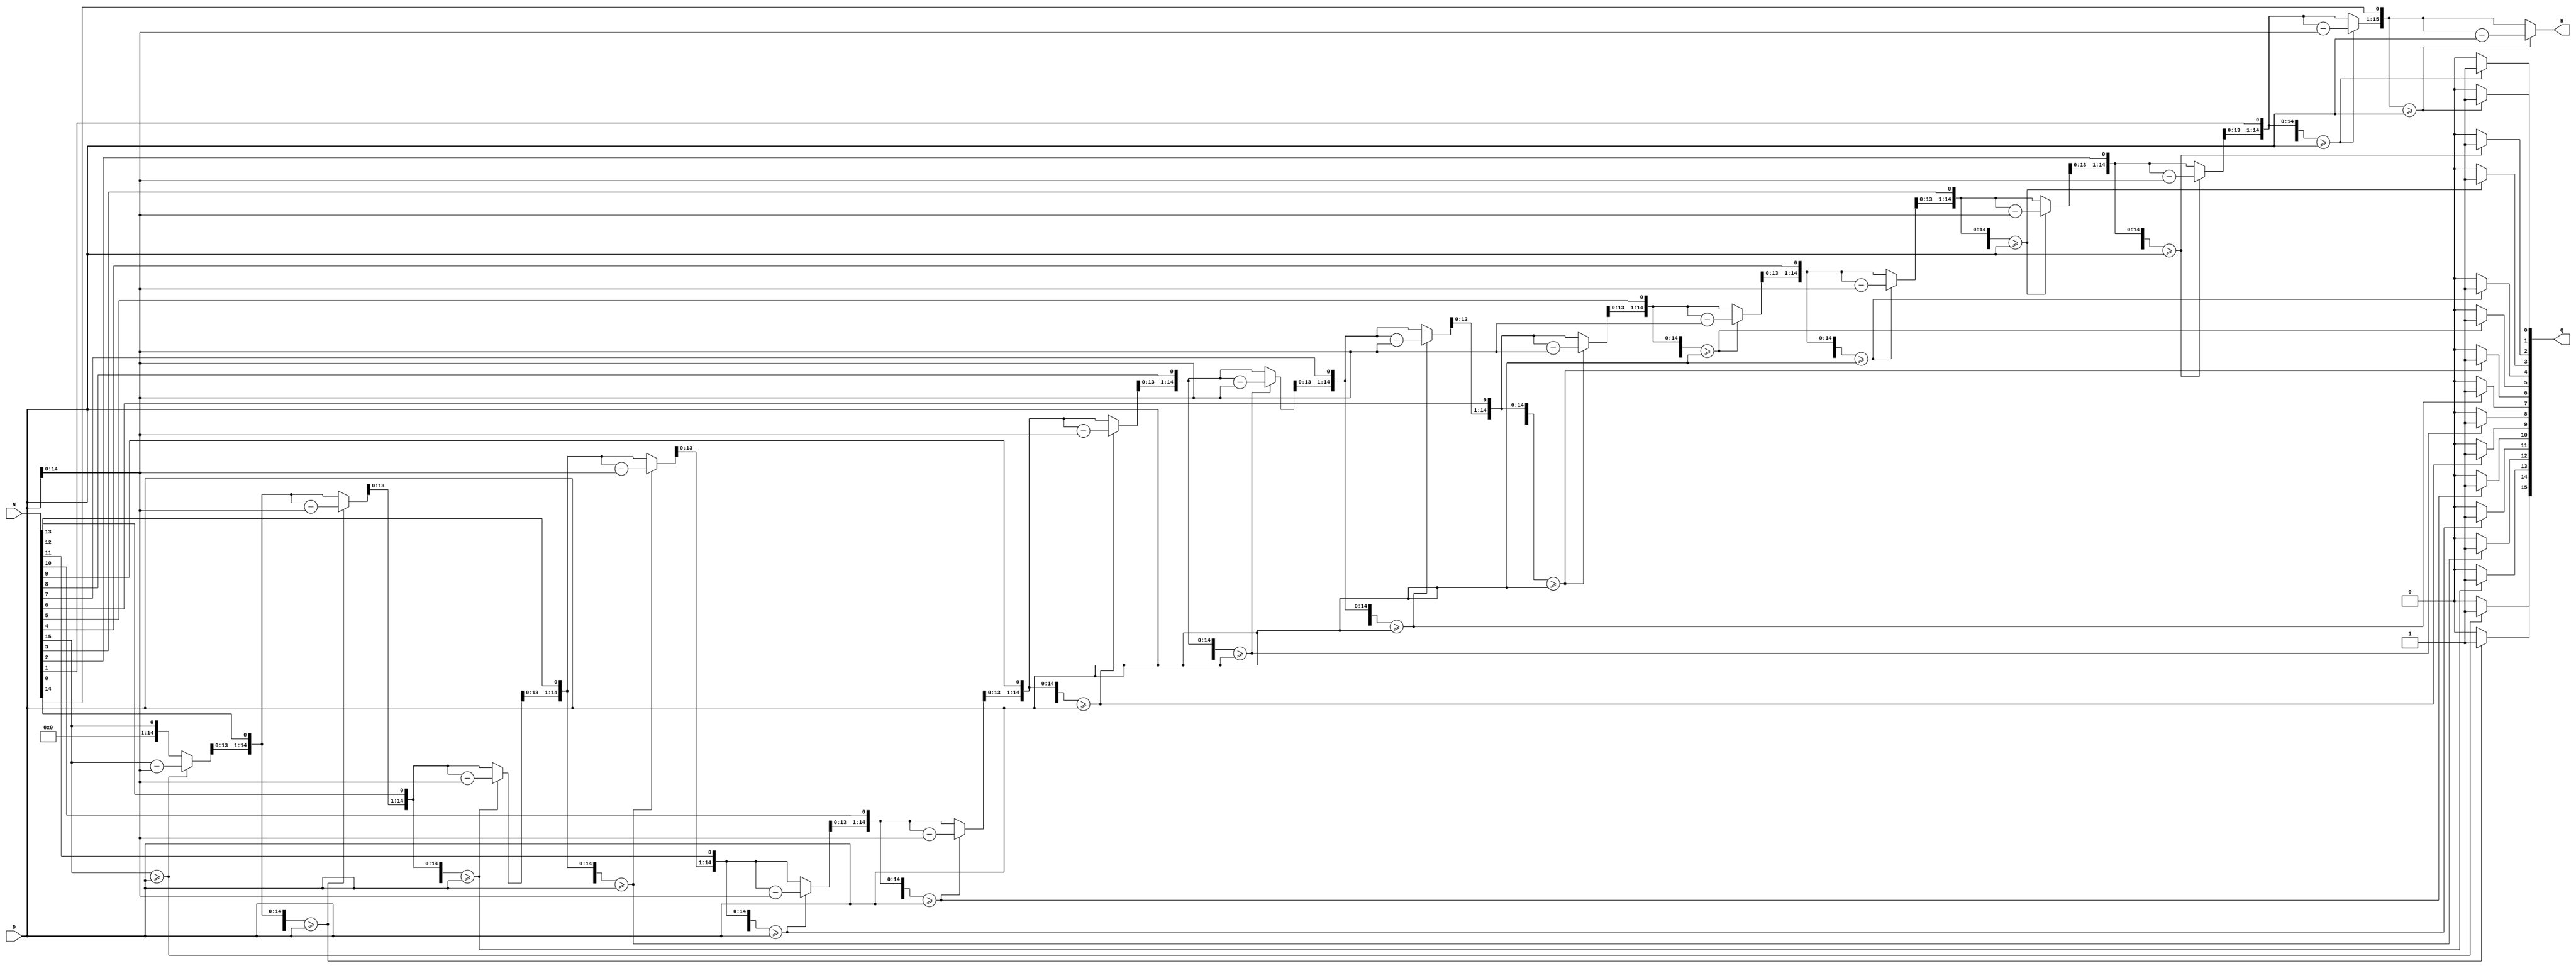
`timescale 1ns / 1ps

module division (
    output [15:0] Q,
    output [15:0] R,
    input [15:0] N,
    input [15:0] D);
    
    integer i;
    reg[15:0] Q_aux, R_aux;
    always @(N or D) begin
        // se initializeaza catul si restul cu 0
        Q_aux = 0;
        R_aux = 0;
        // se implementeaza integer division pt cazul unsigned
        // pentru deimpartit si impartitor pe 16 biti
        for(i = 15; i >= 0; i = i - 1) begin
            R_aux = R_aux << 1;
            R_aux[0] = N[i];
            // de fiecare data cand restul este mai mare 
            // decat impartitorul, se scade impartitorul din rest
            // si se seteaza bitul i al catului pe 1
            if(R_aux >= D) begin
                R_aux = R_aux - D;
                Q_aux[i] = 1;
            end
        end
    end
    assign Q = Q_aux;
    assign R = R_aux;
endmodule